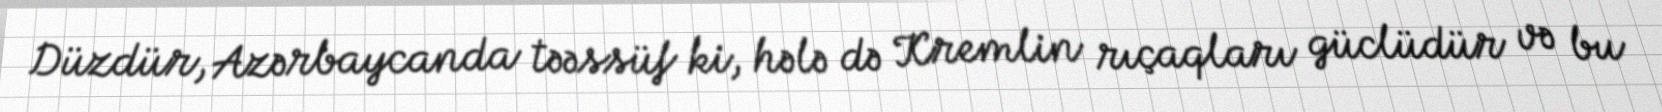
Düzdür, Azərbaycanda təəssüf ki, hələ də Kremlin rıçaqları güclüdür və bu